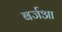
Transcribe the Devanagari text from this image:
बर्जआ